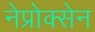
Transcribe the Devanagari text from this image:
नेप्रोक्सेन